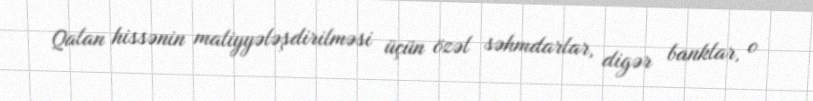
Qalan hissənin maliyyələşdirilməsi üçün özəl səhmdarlar, digər banklar, o